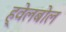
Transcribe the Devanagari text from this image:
ह्वेलबोल